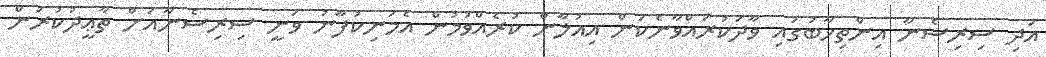
އަދި ސިރިސެނާ އިންތިޚާބުގައި ވާދަކުރައްވާނެކަން އިއުލާން ކުރެއްވުމުން އެމަނިކުފާނު ވަނީ ސިރިސެނާއަށް ތާޢީދުކުރަން